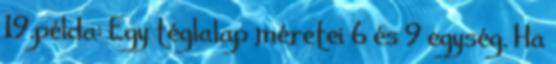
19.példa: Egy téglalap méretei 6 és 9 egység. Ha